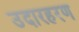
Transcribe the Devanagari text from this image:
उदारहरण